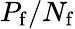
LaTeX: P_{\mathrm{f}}/N_{\mathrm{f}}